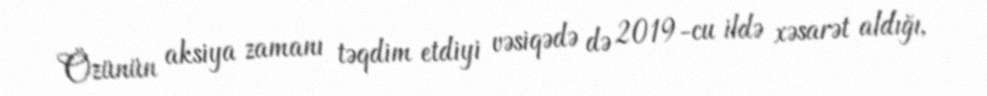
Özünün aksiya zamanı təqdim etdiyi vəsiqədə də 2019-cu ildə xəsarət aldığı,